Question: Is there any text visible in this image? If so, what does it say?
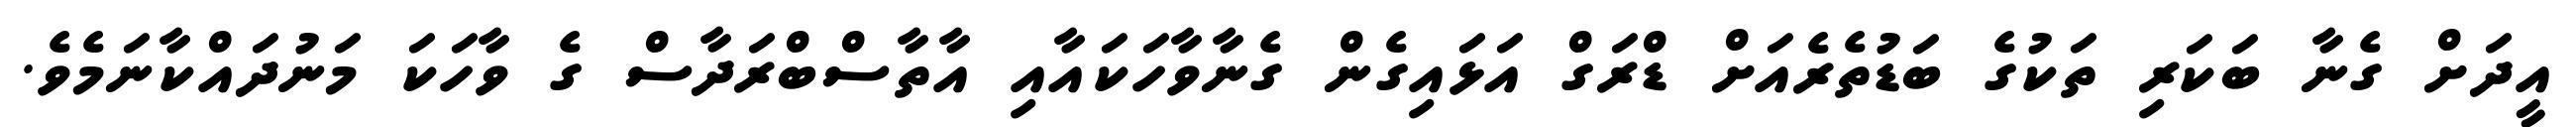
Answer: އީދަށް ގެނާ ބަކަރި ތަކުގެ ބަޑުތެރެއަށް ޑްރަގް އަޅައިގެން ގެނާވާހަކައާއި އާތާސްބްރަދާސް ގެ ވާހަކަ މަނުދައްކާނަމެވެ.